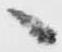
へ